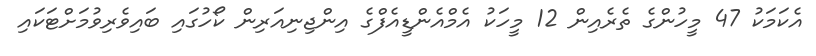
އެކަމަކު 47 މީހުންގެ ތެރެއިން 12 މީހަކު އެމްއެންޑީއެފްގެ އިންޖިނިއަރިން ކޯހުގައި ބައިވެރިވުމަށްޓަކައި